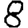
Digit: 8